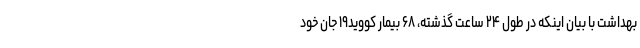
بهداشت با بیان اینکه در طول ۲۴ ساعت گذشته، ۶۸ بیمار کووید۱۹ جان خود